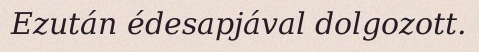
Ezután édesapjával dolgozott.